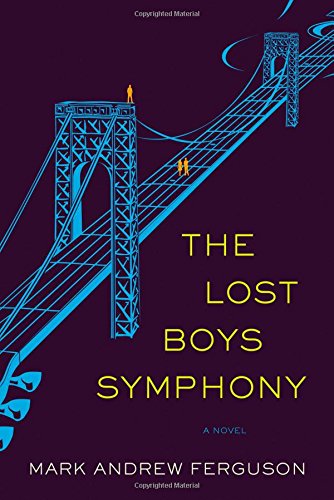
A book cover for The Lost Boys Symphony: A Novel; Mark Ferguson; Science Fiction & Fantasy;